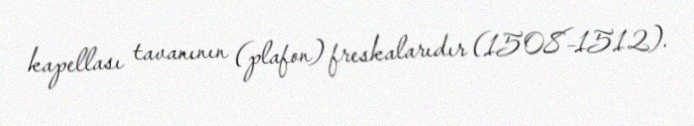
kapellası tavanının (plafon) freskalarıdır (1508–1512).